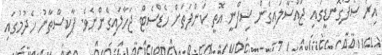
އިރު ސޯފާގޮނޑީގައި ޖައްސާލައިގެން ޝިފްނީ އޮތީ ކަންފަތަށް ހެޑްސެޓް ޖަހާލައިގެންނެވެ. ޕާކިސްތާނު ހެދުމުގައި